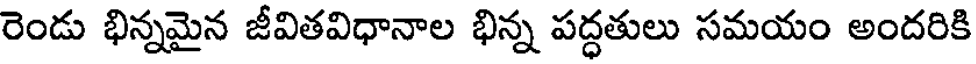
రెండు భిన్నమైన జీవితవిధానాల భిన్న పద్ధతులు సమయం అందరికి